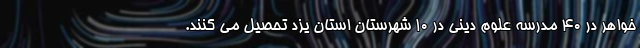
خواهر در ۴۰ مدرسه علوم دینی در ۱۰ شهرستان استان یزد تحصیل می کنند.